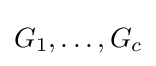
G_{1},\ldots ,G_{c}